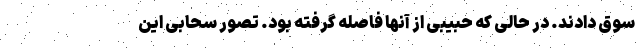
سوق دادند. در حالی که حبیبی از آنها فاصله گرفته بود. تصور سحابی این